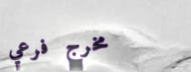
مخرج فرعي